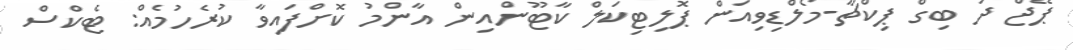
ޕޭޖް ދަ ބިގް ޕިކްޗާ-މޯލްޑިވިއަން ޕޮލިޓިކަލް ކާޓޫންއިން އާންމު ކޮށްފައިވާ ކުރެހުމެއް: ޓެކްސް